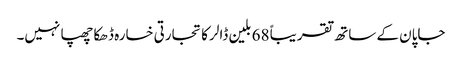
جاپان کے ساتھ تقریباً 68 بلین ڈالر کا تجارتی خسارہ ڈھکا چھپا نہیں۔